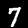
Digit: 7